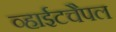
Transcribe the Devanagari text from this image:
व्हाईटचैपल